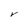
Character: V